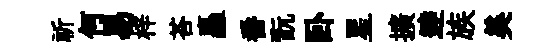
祈何易梓荅矗番翫卧星擴逹族美